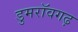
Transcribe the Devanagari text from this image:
डुमरॉवगढ़